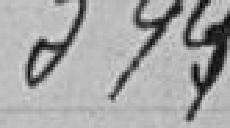
344